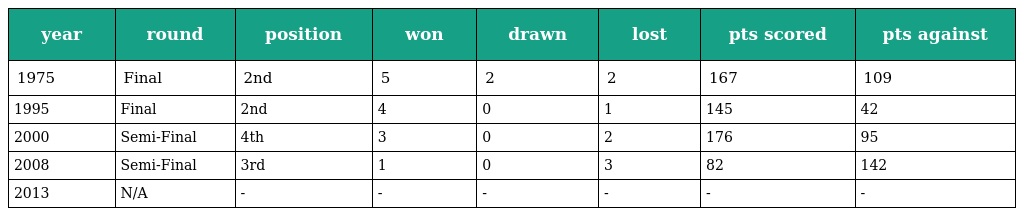
| year | round | position | won | drawn | lost | pts scored | pts against |
 | --- | --- | --- | --- | --- | --- | --- | --- |
 | 1975 | Final | 2nd | 5 | 2 | 2 | 167 | 109 |
 | 1995 | Final | 2nd | 4 | 0 | 1 | 145 | 42 |
 | 2000 | Semi-Final | 4th | 3 | 0 | 2 | 176 | 95 |
 | 2008 | Semi-Final | 3rd | 1 | 0 | 3 | 82 | 142 |
 | 2013 | N/A | - | - | - | - | - | - |